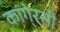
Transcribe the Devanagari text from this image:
कांगे्रसी